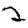
Digit: 2